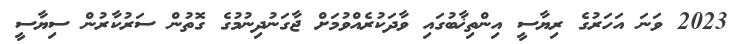
2023 ވަނަ އަހަރުގެ ރިޔާސީ އިންތިޚާބުގައި ވާދަކުރެއްވުމަށް ޖާގަނުދިނުމުގެ ގޮތުން ސަރުކާރުން ސިޔާސީ